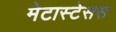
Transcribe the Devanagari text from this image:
मेटास्टेसस